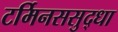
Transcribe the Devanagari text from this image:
टर्मिनससुद्धा